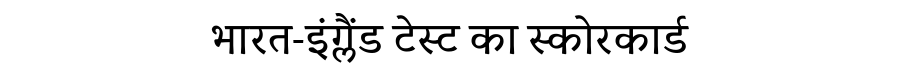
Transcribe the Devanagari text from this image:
भारत-इंग्लैंड टेस्ट का स्कोरकार्ड